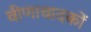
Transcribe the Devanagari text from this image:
वीणावादकों